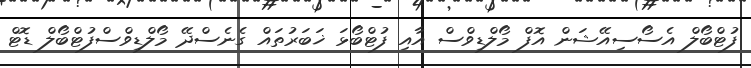
ފުޓްބޯލް އެސޯސިއޭޝަން އޮފް މޯލްޑިވްސް އާއި ފުޓްބޯޅަ ޚަބަރުތައް ގެނެސްދޭ މޯލްޑިވްސްފުޓްބޯލް ޑޮޓް